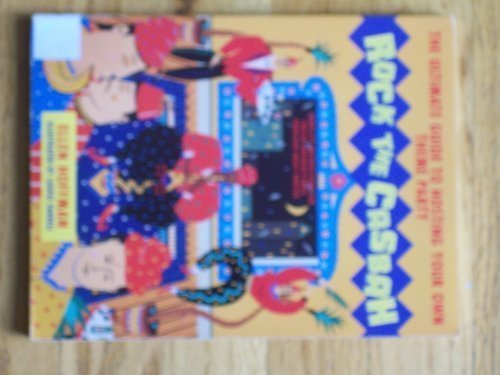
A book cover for Rock the Casbah; Ellen Hoffman; Cookbooks, Food & Wine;